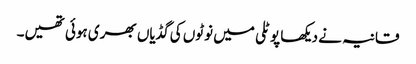
قانیہ نے دیکھا پوٹلی میں نوٹوں کی گڈیاں بھری ہوئی تھیں۔